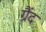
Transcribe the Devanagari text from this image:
ग्रैंद